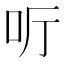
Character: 𠯸